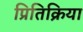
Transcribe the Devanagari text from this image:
प्रितिक्रिया